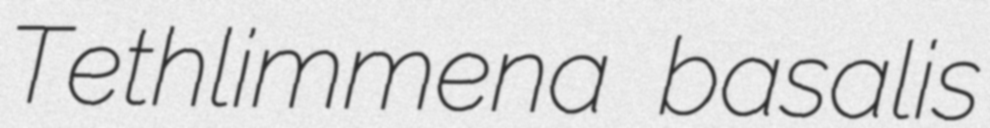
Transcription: Tethlimmena basalis